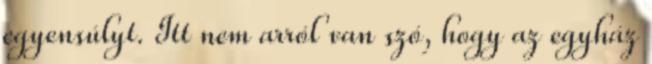
egyensúlyt. Itt nem arról van szó, hogy az egyház